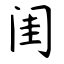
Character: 闺